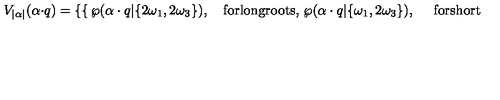
V _ { | \alpha | } ( \alpha \cdot q ) = \left\{ \begin{cases} { \wp ( \alpha \cdot q | \{ 2 \omega _ { 1 } , 2 \omega _ { 3 } \} ) , \quad \mathrm { f o r l o n g r o o t s } , } \\ { \wp ( \alpha \cdot q | \{ \omega _ { 1 } , 2 \omega _ { 3 } \} ) , \quad \ \mathrm { f o r s h o r t r o o t s } . } \\ \end{cases} \right.